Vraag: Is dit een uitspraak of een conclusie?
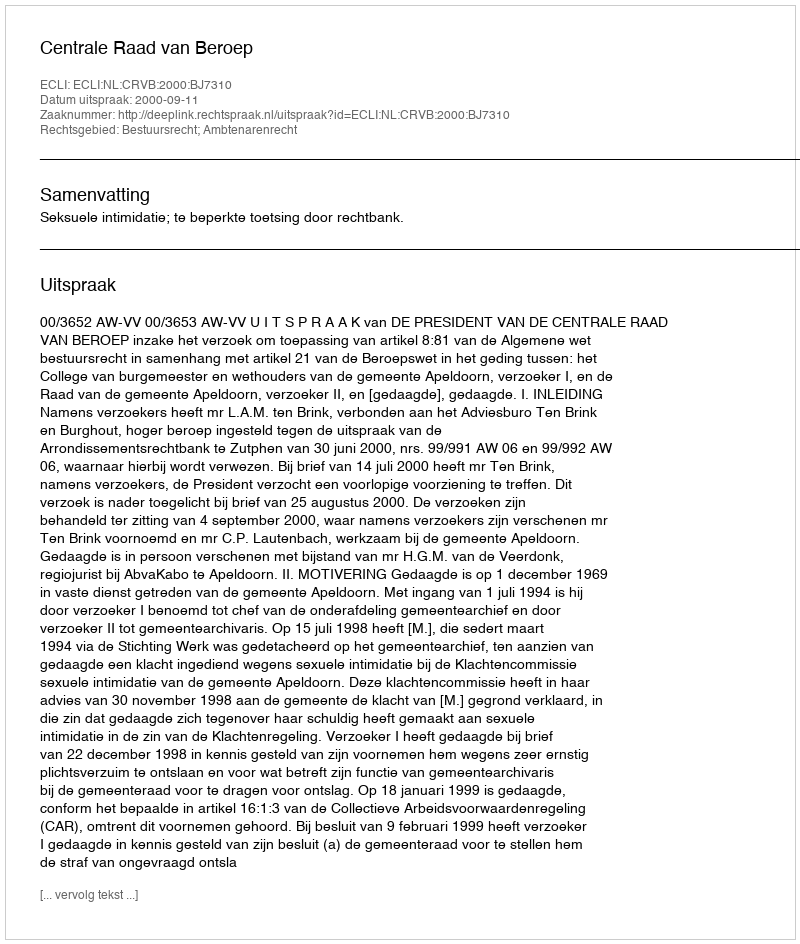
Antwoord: Uitspraak